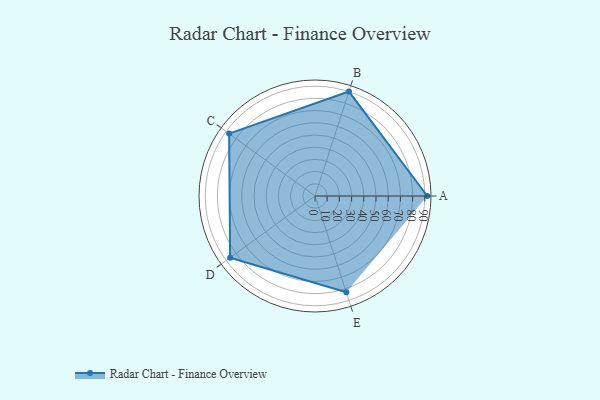
{"axis": {"x": "Skill", "y": "Score"}, "legend": ["Profile"], "data": [{"x": "A", "y": 92.0, "type": "Profile"}, {"x": "B", "y": 90.0, "type": "Profile"}, {"x": "C", "y": 87.0, "type": "Profile"}, {"x": "D", "y": 86.0, "type": "Profile"}, {"x": "E", "y": 83.0, "type": "Profile"}]}